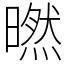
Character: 㬗